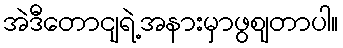
အဲဒီတောငျရဲ့အနားမှာဖွဈတာပါ။